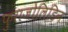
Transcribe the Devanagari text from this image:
फुराजोलिडिन